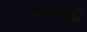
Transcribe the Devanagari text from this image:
सेवर्त्ज़ोवी